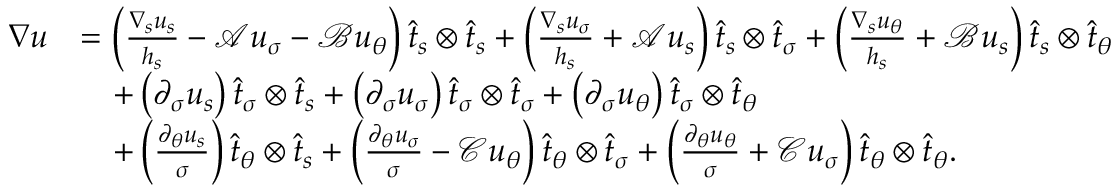
\begin{array} { r l } { \nabla u } & { = \left( \frac { \nabla _ { s } u _ { s } } { h _ { s } } - \mathcal { A } u _ { \sigma } - \mathcal { B } u _ { \theta } \right) \widehat { t } _ { s } \otimes \widehat { t } _ { s } + \left( \frac { \nabla _ { s } u _ { \sigma } } { h _ { s } } + \mathcal { A } u _ { s } \right) \widehat { t } _ { s } \otimes \widehat { t } _ { \sigma } + \left( \frac { \nabla _ { s } u _ { \theta } } { h _ { s } } + \mathcal { B } u _ { s } \right) \widehat { t } _ { s } \otimes \widehat { t } _ { \theta } } \\ & { \quad + \left( \partial _ { \sigma } u _ { s } \right) \widehat { t } _ { \sigma } \otimes \widehat { t } _ { s } + \left( \partial _ { \sigma } u _ { \sigma } \right) \widehat { t } _ { \sigma } \otimes \widehat { t } _ { \sigma } + \left( \partial _ { \sigma } u _ { \theta } \right) \widehat { t } _ { \sigma } \otimes \widehat { t } _ { \theta } } \\ & { \quad + \left( \frac { \partial _ { \theta } u _ { s } } { \sigma } \right) \widehat { t } _ { \theta } \otimes \widehat { t } _ { s } + \left( \frac { \partial _ { \theta } u _ { \sigma } } { \sigma } - \mathcal { C } u _ { \theta } \right) \widehat { t } _ { \theta } \otimes \widehat { t } _ { \sigma } + \left( \frac { \partial _ { \theta } u _ { \theta } } { \sigma } + \mathcal { C } u _ { \sigma } \right) \widehat { t } _ { \theta } \otimes \widehat { t } _ { \theta } . } \end{array}